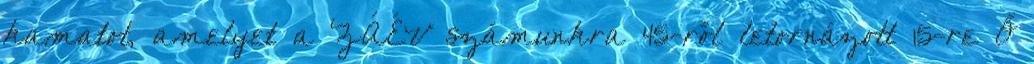
kamatot, amelyet a ZÁÉV számunkra 45-ről letornázott 15-re Ő